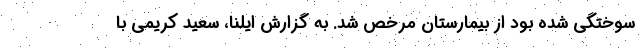
سوختگی شده بود از بیمارستان مرخص شد. به گزارش ایلنا، سعید کریمی با